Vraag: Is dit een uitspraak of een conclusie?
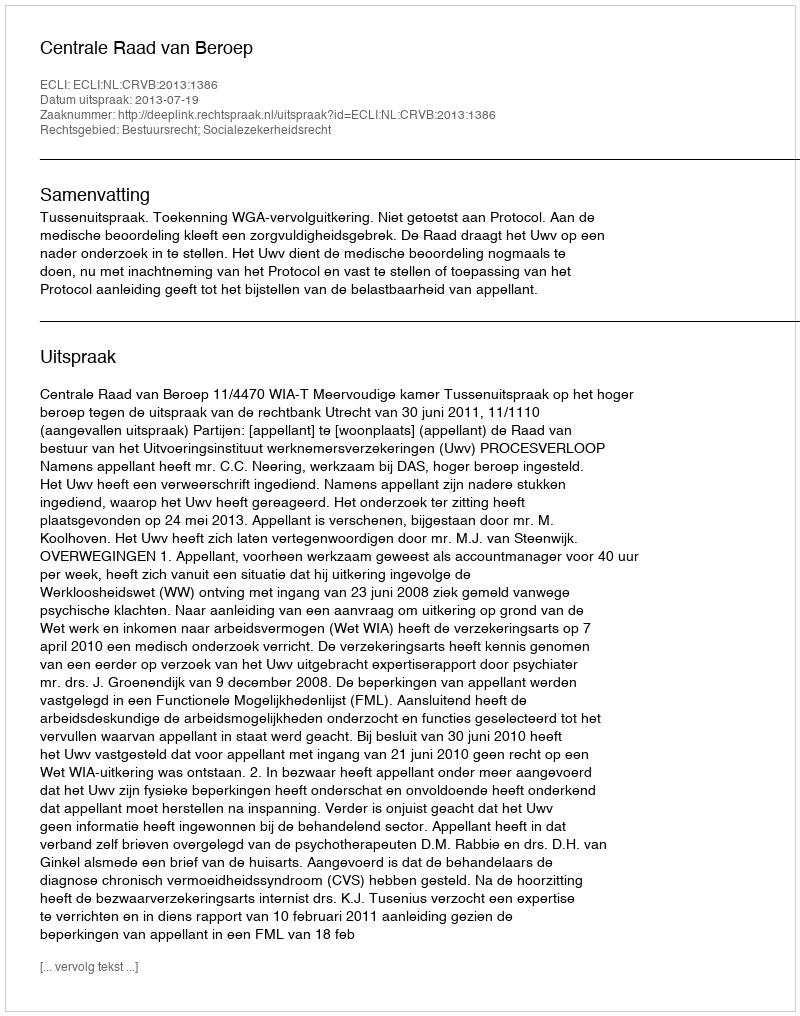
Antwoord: Uitspraak